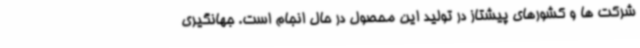
شرکت ها و کشورهای پیشتاز در تولید این محصول در حال انجام است. جهانگیری